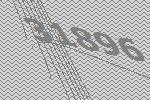
31896